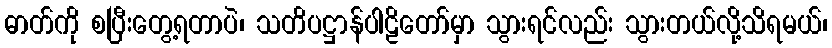
ဓာတ်ကို စပြီးတွေ့ရတာပဲ၊ သတိပဋ္ဌာန်ပါဠိတော်မှာ သွားရင်လည်း သွားတယ်လို့သိရမယ်၊